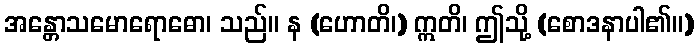
အန္တောသမောရောဓော၊ သည်။ န (ဟောတိ၊) ဣတိ၊ ဤသို့ (စောဒနာပါ၏။)